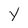
Character: Y